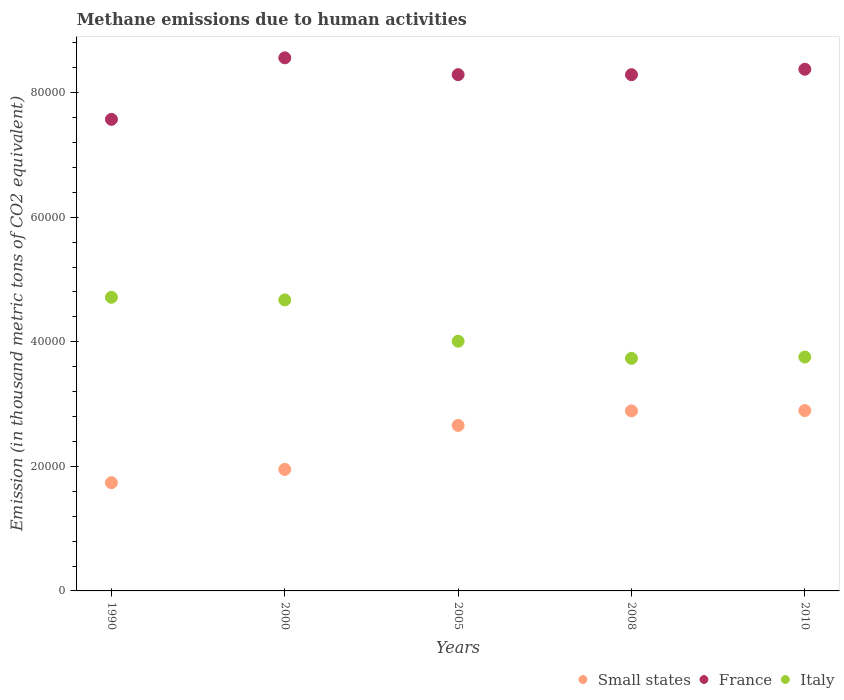
| Years | Small states | France | Italy |
 | --- | --- | --- | --- |
 | 1990 | 1.74e+04 | 7.57e+04 | 4.71e+04 |
 | 2000 | 1.95e+04 | 8.56e+04 | 4.67e+04 |
 | 2005 | 2.66e+04 | 8.29e+04 | 4.01e+04 |
 | 2008 | 2.89e+04 | 8.29e+04 | 3.73e+04 |
 | 2010 | 2.9e+04 | 8.38e+04 | 3.75e+04 |